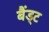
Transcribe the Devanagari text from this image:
बैंड्ट